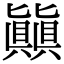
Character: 㒹